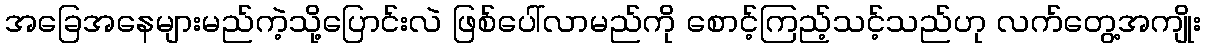
အခြေအနေများမည်ကဲ့သို့ပြောင်းလဲ ဖြစ်ပေါ်လာမည်ကို စောင့်ကြည့်သင့်သည်ဟု လက်တွေ့အကျိုး